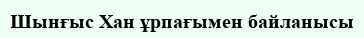
Шынғыс Хан ұрпағымен байланысы